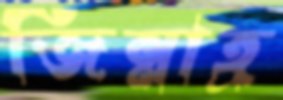
জিন্নাহ্র